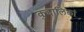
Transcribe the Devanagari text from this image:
कुद्दालिकां